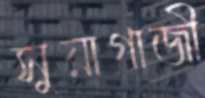
সুয়াগাজী